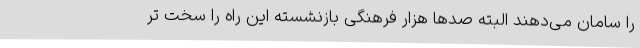
را سامان می‌دهند البته صدها هزار فرهنگی بازنشسته این راه را سخت تر